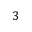
3